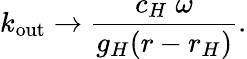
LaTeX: k_{\mathrm{out}}\to{\frac{c_{H}\; \omega}{g_{H}(r-r_{H})}}.